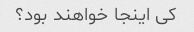
کی اینجا خواهند بود؟